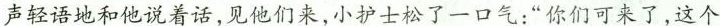
声轻语地和他说着话,见他们来,小护士松了一口气:“你们可来了,这个